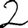
Digit: 2